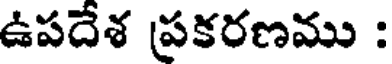
ఉపదేశ ప్రకరణము :